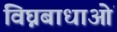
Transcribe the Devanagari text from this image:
विघ्नबाधाओं